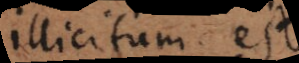
illicitum est.